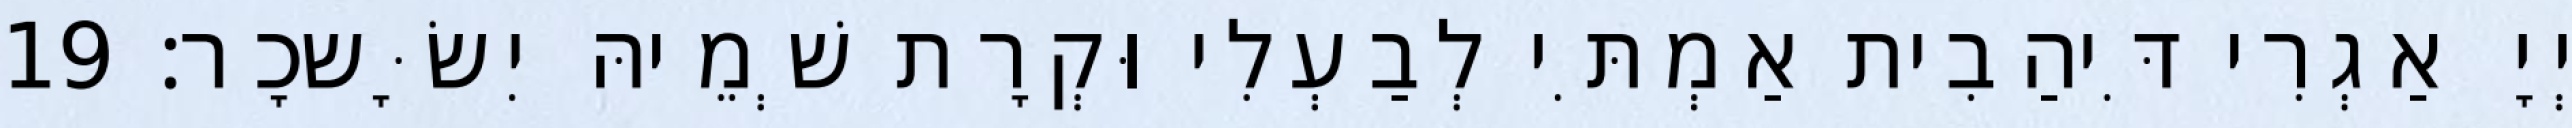
יְיָ אַגְרִי דִּיהַבִית אַמְתִּי לְבַעְלִי וּקְרָת שְׁמֵיהּ יִשָּׂשכָר׃ 19